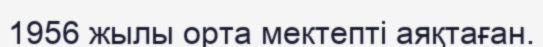
1956 жылы орта мектепті аяқтаған.